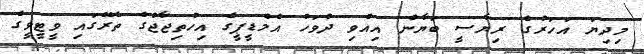
މިދިޔަ އަހަރުގެ ރިޔާސީ ބަޔާން އިއްވި ދުވަހު އެމްޑީޕީގެ އިހުތިޖާޖުގެ ތެރޭގައި ވީޓީވީގެ